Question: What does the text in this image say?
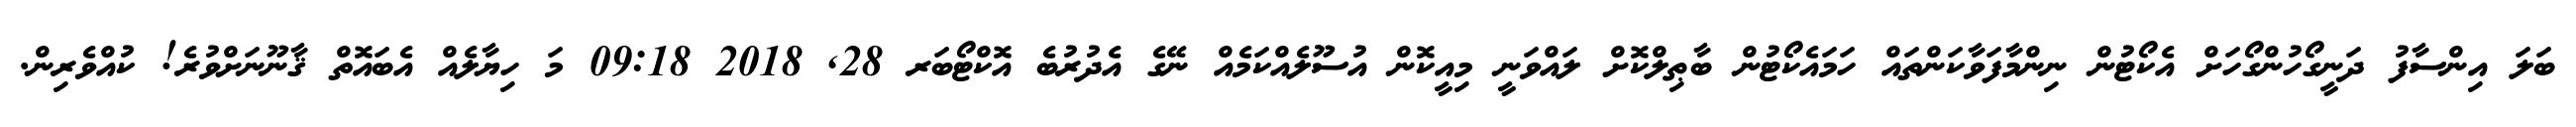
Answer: ބަލަ އިންސާފު ދަނީގޯހުންގޯހަށް އެކޯޓުން ނިންމާފަވާކަންތައް ހަމައެކޯޓުން ބާޠިލްކޮށް ލައްވަނީ މިއީކޮން އުސޫލެއްކަމެއް ނޭގެ އެދުރުބެ އޮކްޓޯބަރ 28, 2018 09:18 މަ ހިޔާލެއް އެބައޮތް ޤާނޫނަށްވުރެ! ކުއްވެރިން.